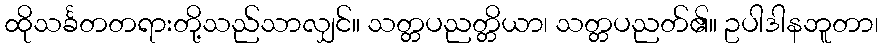
ထိုသင်္ခတတရားတို့သည်သာလျှင်။ သတ္တပညတ္တိယာ၊ သတ္တပညတ်၏။ ဥပါဒါနဘူတာ၊